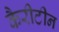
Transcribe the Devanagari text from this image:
कैरीटीन